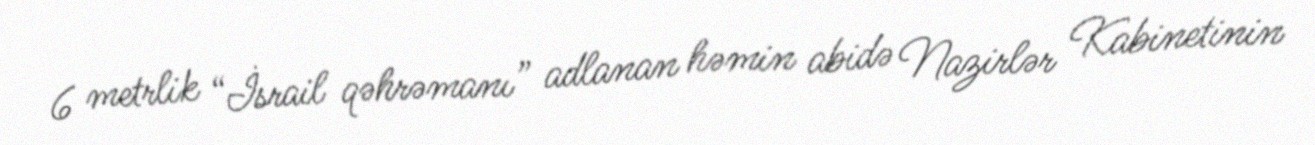
6 metrlik “İsrail qəhrəmanı” adlanan həmin abidə Nazirlər Kabinetinin